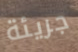
جريئة